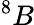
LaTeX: ^8B